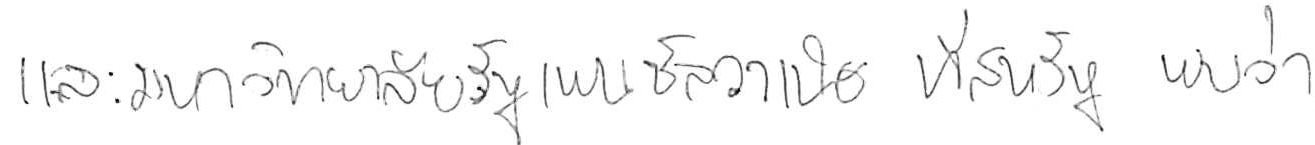
และมหาวิทยาลัยรัฐเพนซิลวาเนีย ที่สหรัฐ พบว่า